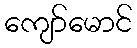
ကျော်မောင်